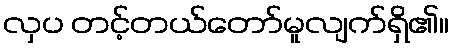
လှပ တင့်တယ်တော်မူလျက်ရှိ၏။